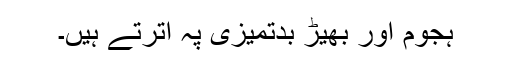
ہجوم اور بھیڑ بدتمیزی پہ اترتے ہیں۔